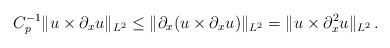
LaTeX: \begin{align*} C_p^{-1}\|u\times\partial_x u\|_{L^2}\leq\|\partial_x (u\times\partial_x u)\|_{L^2}=\|u\times\partial^2_x u\|_{L^2}\, .\end{align*}